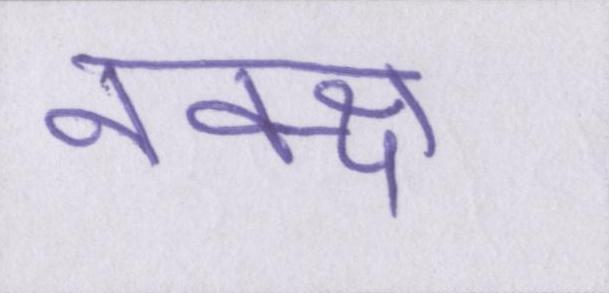
नक्क्ष